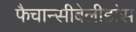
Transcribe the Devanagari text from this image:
फैचान्सीबेलीडांस